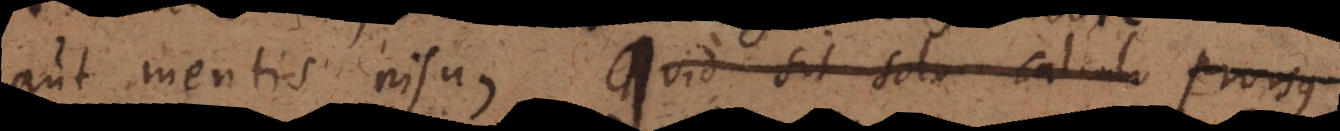
aut mentis nisu, Quid sit solo calculo prorsus